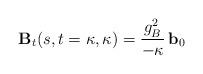
LaTeX: \begin{align*}{\mathbf B}_{t}(s,t=\kappa,\kappa)= \frac{g_{B}^{2}}{-\kappa}\,{\mathbf b}_0 \end{align*}